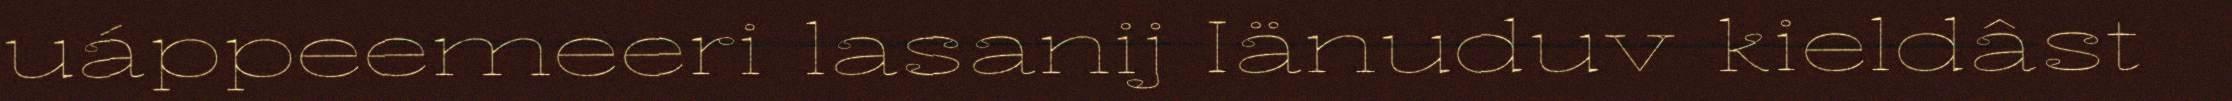
uáppeemeeri lasanij Iänuduv kieldâst